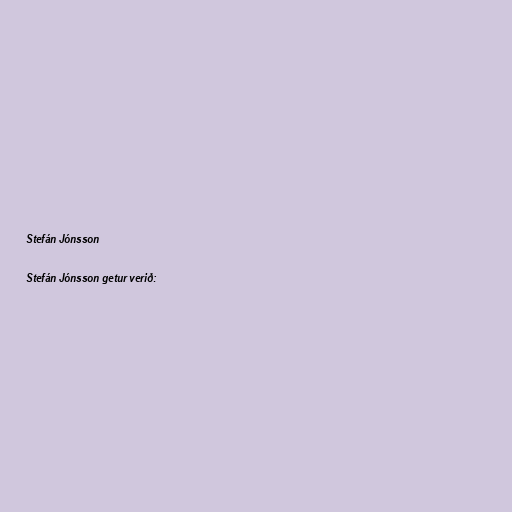
Stefán Jónsson

Stefán Jónsson getur verið: